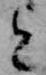
と